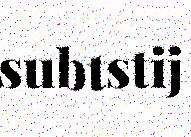
subtstij